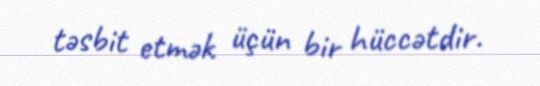
təsbit etmək üçün bir hüccətdir.